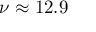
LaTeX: \nu \approx 1 2 . 9